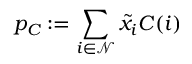
p _ { C } : = \sum _ { i \in \mathcal { N } } \widetilde { x } _ { i } C ( i )